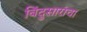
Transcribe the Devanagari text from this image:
बिंदुसारांचा